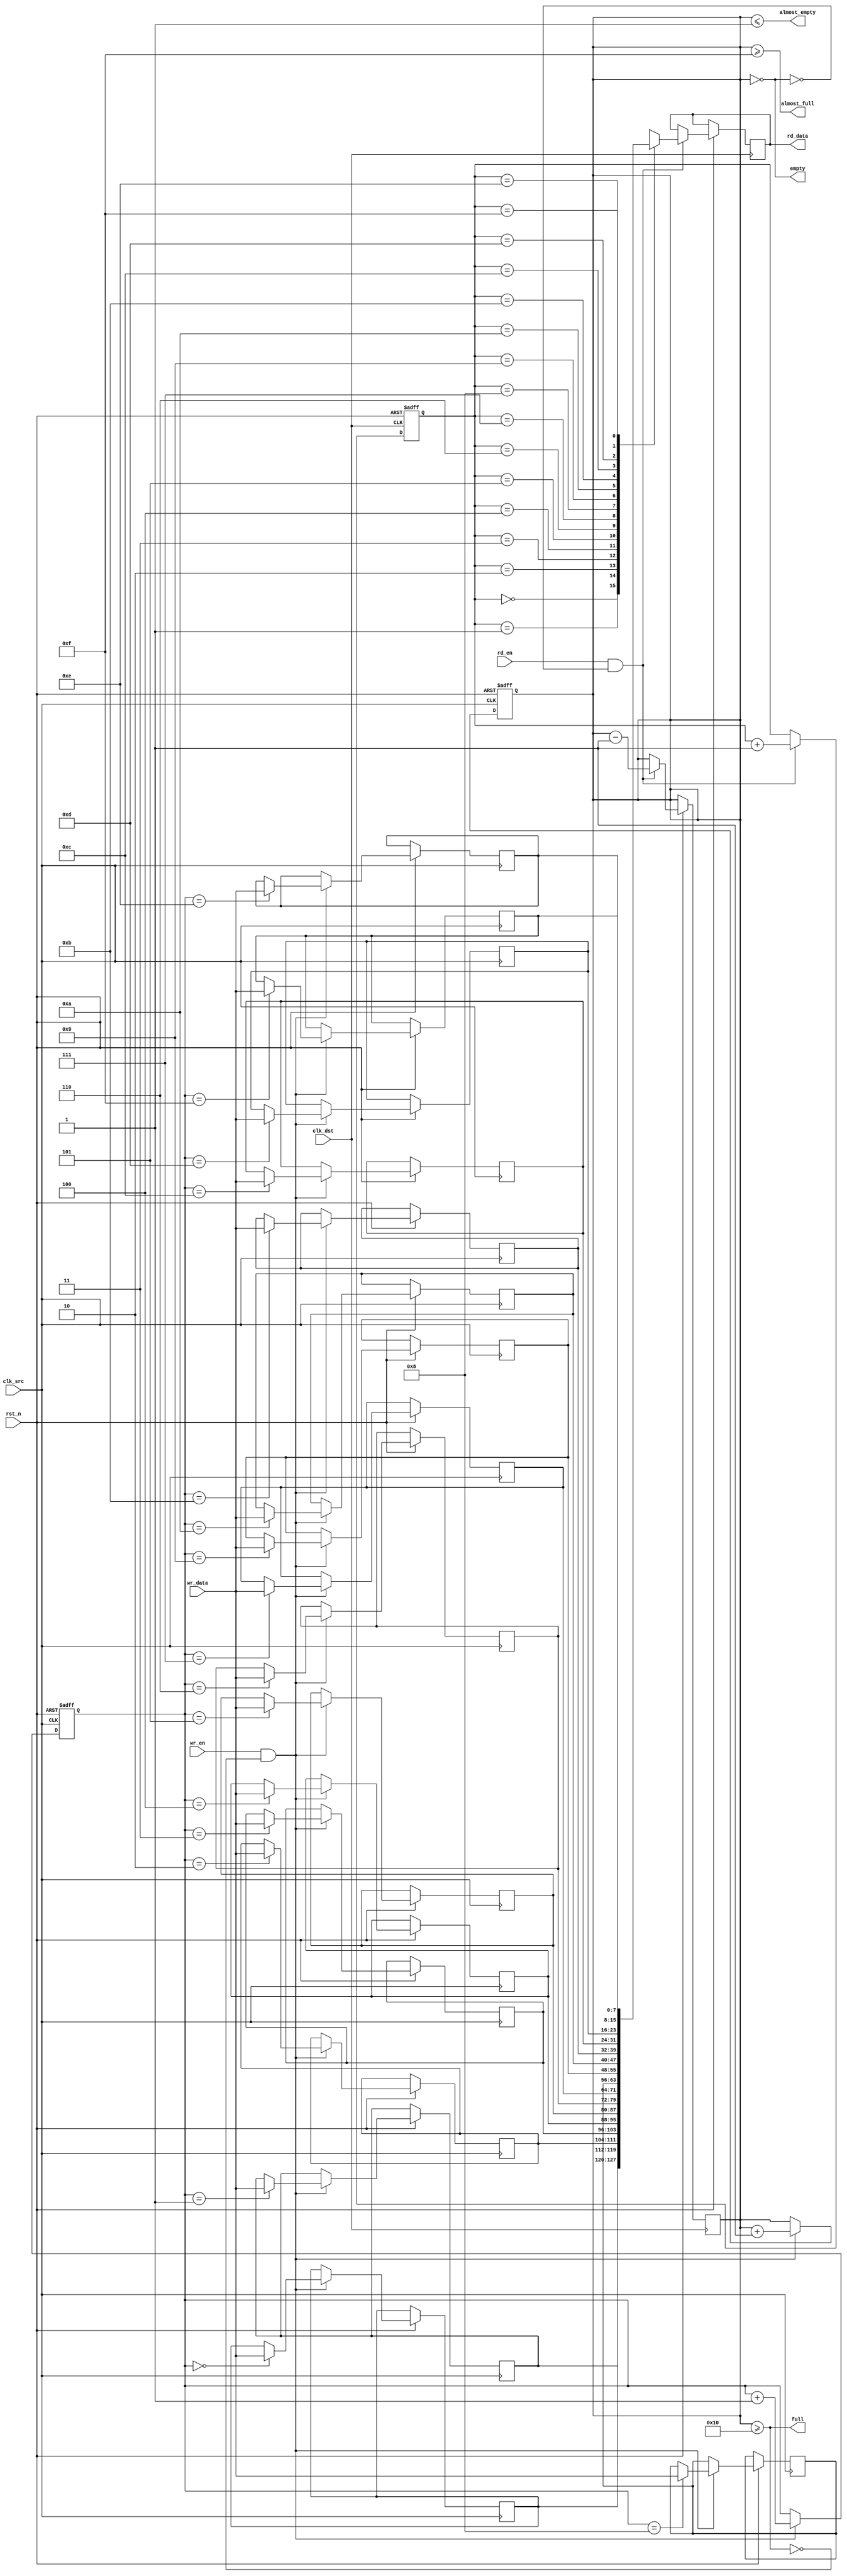
module fifo_synchronizer #(
    parameter DATA_WIDTH = 8,
    parameter FIFO_DEPTH = 16
)(
    input wire clk_src,               // Source clock
    input wire clk_dst,               // Destination clock
    input wire rst_n,                 // Active low reset
    input wire wr_en,                 // Write enable from source domain
    input wire [DATA_WIDTH-1:0] wr_data, // Data input from source domain
    output wire full,                 // FIFO full flag
    output wire almost_full,          // FIFO almost full flag
    input wire rd_en,                 // Read enable from destination domain
    output wire [DATA_WIDTH-1:0] rd_data, // Data output to destination domain
    output wire empty,                // FIFO empty flag
    output wire almost_empty          // FIFO almost empty flag
);

    // FIFO memory declaration
    reg [DATA_WIDTH-1:0] fifo_mem [0:FIFO_DEPTH-1];
    reg [clog2(FIFO_DEPTH)-1:0] wr_ptr, rd_ptr;
    reg [clog2(FIFO_DEPTH):0] fifo_count; // Count of items in FIFO

    // Write control logic
    always @(posedge clk_src or negedge rst_n) begin
        if (!rst_n) begin
            wr_ptr <= 0;
            fifo_count <= 0;
        end else if (wr_en && !full) begin
            fifo_mem[wr_ptr] <= wr_data;
            wr_ptr <= wr_ptr + 1;
            fifo_count <= fifo_count + 1;
        end
    end

    // Read control logic
    always @(posedge clk_dst or negedge rst_n) begin
        if (!rst_n) begin
            rd_ptr <= 0;
        end else if (rd_en && !empty) begin
            rd_data <= fifo_mem[rd_ptr];
            rd_ptr <= rd_ptr + 1;
            fifo_count <= fifo_count - 1;
        end
    end

    // Full and empty flag logic
    assign full = (fifo_count >= FIFO_DEPTH);
    assign empty = (fifo_count == 0);
    assign almost_full = (fifo_count >= FIFO_DEPTH - 1);
    assign almost_empty = (fifo_count <= 1);

    // Function to calculate log2
    function integer clog2(input integer value);
        begin
            value = value - 1;
            for (clog2 = 0; value > 0; clog2 = clog2 + 1)
                value = value >> 1;
        end
    endfunction

endmodule